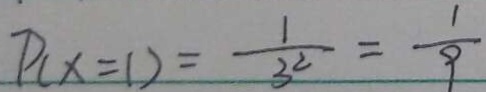
P ( x = 1 ) = \frac { 1 } { 3 ^ { 2 } } = \frac { 1 } { 9 }